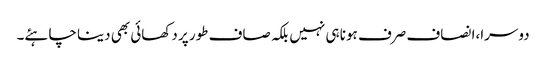
دوسرا،ا نصاف صرف ہونا ہی نہیں بلکہ صاف طور پر دکھائی بھی دینا چاہئے۔